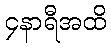
၄နာရီအထိ